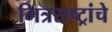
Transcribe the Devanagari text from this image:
मित्रराष्ट्रांचे